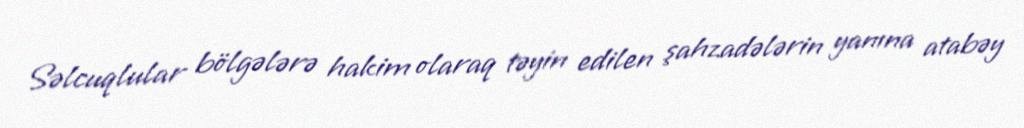
Səlcuqlular bölgələrə hakim olaraq təyin edilen şahzadələrin yanına atabəy